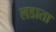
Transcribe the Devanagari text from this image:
लडाता